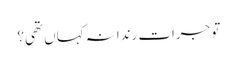
تو جرات رندانہ کہاں تھی؟